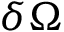
\delta \Omega